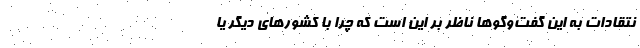
نتقادات به اين گفت‌وگوها ناظر بر اين است كه چرا با كشورهاي ديگر يا